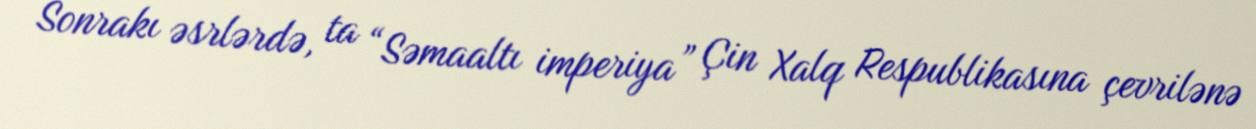
Sonrakı əsrlərdə, ta “Səmaaltı imperiya” Çin Xalq Respublikasına çevrilənə